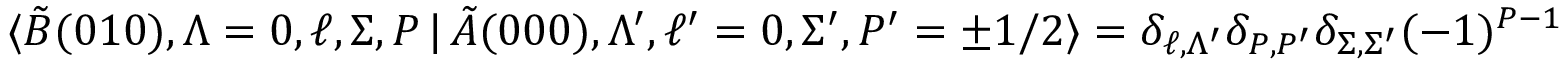
\langle \tilde { B } ( 0 1 0 ) , \Lambda = 0 , \ell , \Sigma , P \, { | } \, \tilde { A } ( 0 0 0 ) , \Lambda ^ { \prime } , \ell ^ { \prime } = 0 , \Sigma ^ { \prime } , P ^ { \prime } = \pm 1 / 2 \rangle = \delta _ { \ell , \Lambda ^ { \prime } } \delta _ { P , P ^ { \prime } } \delta _ { \Sigma , \Sigma ^ { \prime } } ( - 1 ) ^ { P - 1 / 2 }